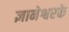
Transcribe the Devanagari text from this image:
ज्ञानेश्वरके